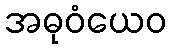
အဓုဝံယေဝ